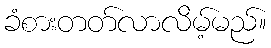
ခံစားတတ်လာလိမ့်မည်။